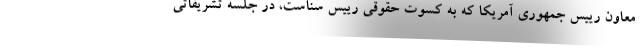
معاون رییس جمهوری آمریکا که به کسوت حقوقی رییس سناست، در جلسه تشریفاتی